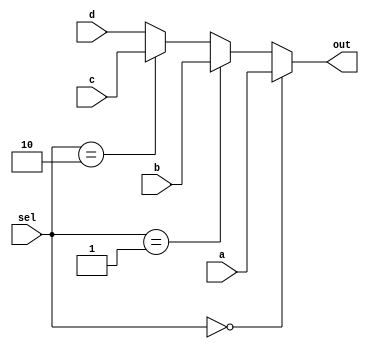
module MUX4to1(a, b, c, d, sel, out);
	input [8:0] a, b, c, d;
	input[1:0] sel;
	output [8:0] out;
	assign out = (sel == 2'b00)?a:
		(sel == 2'b01)?b:
		(sel == 2'b10)?c:d;
endmodule